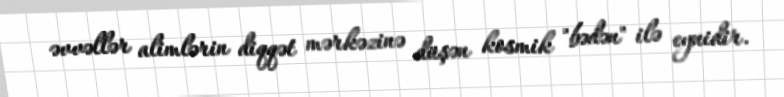
əvvəllər alimlərin diqqət mərkəzinə düşən kosmik "bədən" ilə eynidir.